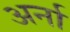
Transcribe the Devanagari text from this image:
अर्ना